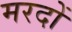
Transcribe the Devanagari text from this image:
मरदों